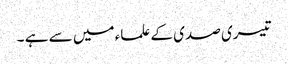
تیسری صدی کے علماء میں سے ہے ۔